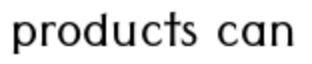
products can